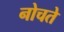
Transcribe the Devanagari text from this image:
नोचते